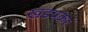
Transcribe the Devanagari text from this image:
खडपकर